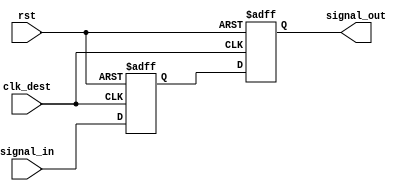
module signal_level_crossing_synchronizer (
    input  wire       clk_dest,      // Destination clock
    input  wire       rst,           // Asynchronous reset
    input  wire       signal_in,     // Input signal from the source clock domain
    output reg        signal_out      // Synchronized output signal to destination clock domain
);

// Internal signals for the flip-flops
reg signal_stage_1;

// Two-stage flip-flop for redundancy and metastability resolution
always @(posedge clk_dest or posedge rst) begin
    if (rst) begin
        signal_stage_1 <= 1'b0;
        signal_out     <= 1'b0;
    end else begin
        signal_stage_1 <= signal_in; // First flip-flop
        signal_out     <= signal_stage_1; // Second flip-flop
    end
end

endmodule